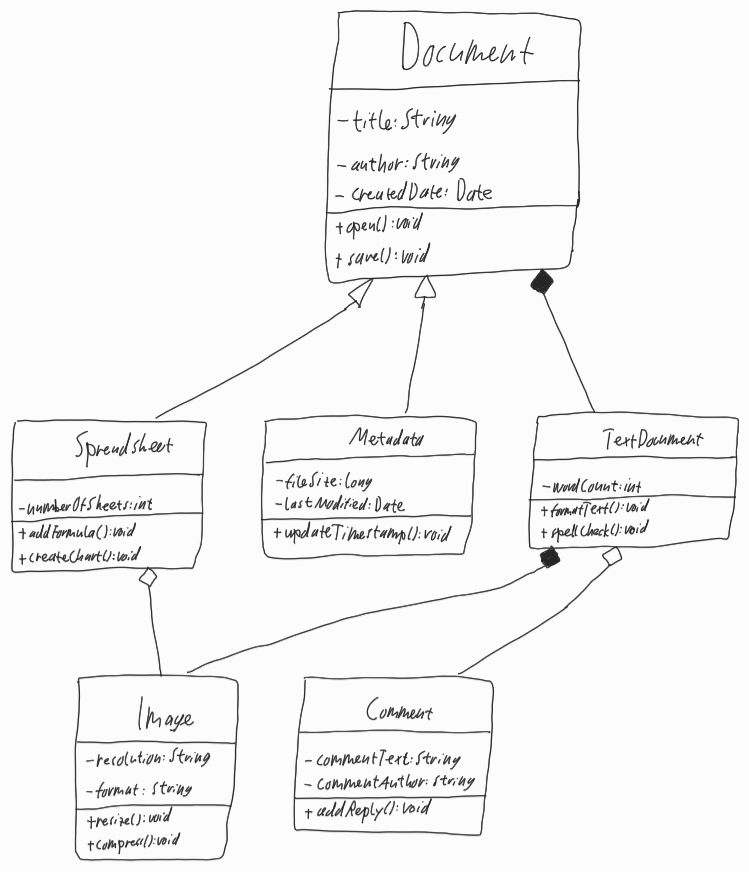
Diagram type: class_diagram
```plantuml
@startuml

class Document {
  - title: String
  - author: String
  - createdDate: Date
  + open(): void
  + save(): void
}

class Spreadsheet extends Document {
  - numberOfSheets: int
  + addFormula(): void
  + createChart(): void
}

class Metadata extends Document {
  - fileSize: long
  - lastModified: Date
  + updateTimestamp(): void
}

class TextDocument {
  - wordCount: int
  + formatText(): void
  + spellCheck(): void
}

class Image {
  - resolution: String
  - format: String
  + resize(): void
  + compress(): void
}

class Comment {
  - commentText: String
  - commentAuthor: String
  + addReply(): void
}

Document *-- TextDocument

Spreadsheet o-- Image

TextDocument *-- Image

TextDocument o-- Comment

@enduml
```